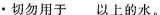
·切勿用于 以上的水。